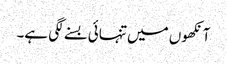
آنکھوں میں تنہائی بسنے لگی ہے۔